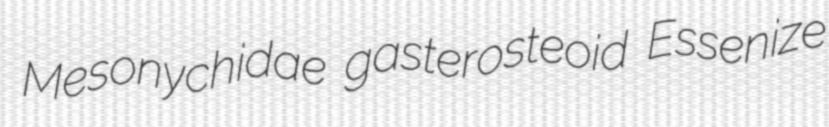
Mesonychidae gasterosteoid Essenize